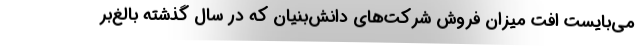
می‌بایست افت میزان فروش شرکت‌های دانش‌بنیان که در سال گذشته بالغ‌بر